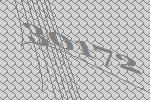
30172